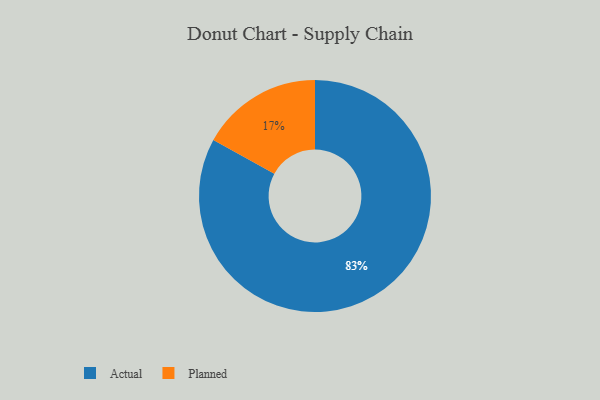
{"axis": {"x": "Category", "y": "Percentage"}, "legend": ["Actual", "Planned"], "data": [{"x": "Planned", "y": 17, "type": "Planned"}, {"x": "Actual", "y": 83, "type": "Actual"}]}